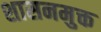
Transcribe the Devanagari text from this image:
शासनमुक्त